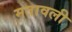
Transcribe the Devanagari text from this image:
मतावली